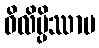
ဝိလိမ္ပိဿာမ